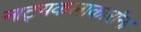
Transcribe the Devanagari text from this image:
नाट्यकलाकारांना